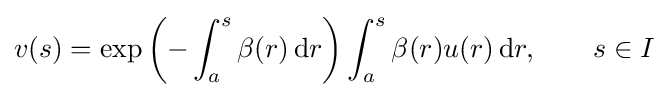
v(s)=\exp {\biggl (}{-}\int _{a}^{s}\beta (r)\,\mathrm {d} r{\biggr )}\int _{a}^{s}\beta (r)u(r)\,\mathrm {d} r,\qquad s\in I